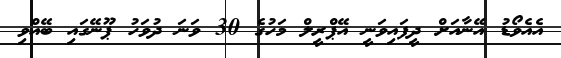
އެއެވޯޑު އޭނާއަށް ދީފައިވަނީ އޭޕްރީލް މަހުގެ 30 ވަނަ ދުވަހު ޕޫނޭގައި ބޭއްވި